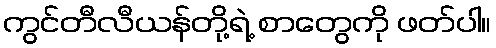
ကွင်တီလီယန်တို့ရဲ့ စာတွေကို ဖတ်ပါ။